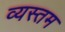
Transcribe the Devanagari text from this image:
व्यस्तम